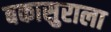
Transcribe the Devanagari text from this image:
बकासुराला